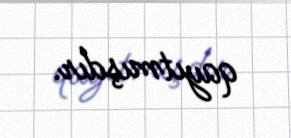
qayıtmışdır.